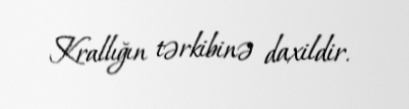
Krallığın tərkibinə daxildir.